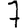
Digit: 7